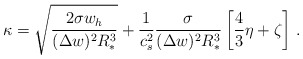
\begin{align*}\kappa = \sqrt{\frac{2 \sigma w_h}{(\Delta w)^2 R_*^3}}+ \frac{1}{c_s^2} \frac{\sigma}{(\Delta w)^2 R_*^3} \left[ \frac{4}{3}\eta + \zeta \right]\, .\end{align*}